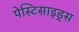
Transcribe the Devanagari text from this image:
पेस्टिसाइड्स